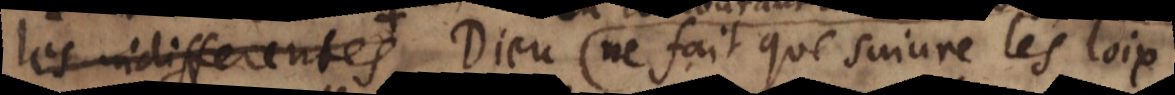
les mauvaises Dieu ne fait que suivre les loix